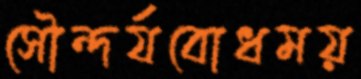
সৌন্দর্যবোধময়